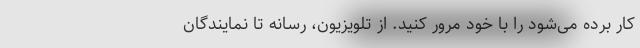
کار برده می‌شود را با خود مرور کنید. از تلویزیون، رسانه تا نمایندگان